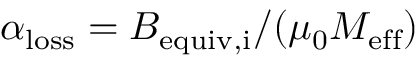
\alpha _ { \mathrm { l o s s } } = B _ { \mathrm { e q u i v , i } } / ( \mu _ { 0 } M _ { \mathrm { e f f } } )